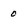
Character: 0